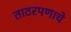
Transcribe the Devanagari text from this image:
ताठरपणाचे